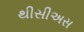
થીસીઅસ